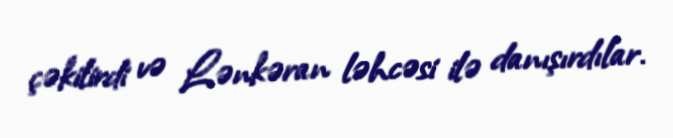
çəkilirdi və Lənkəran ləhcəsi ilə danışırdılar.